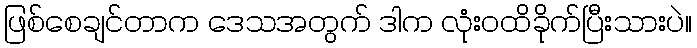
ဖြစ်စေချင်တာက ဒေသအတွက် ဒါက လုံးဝထိခိုက်ပြီးသားပဲ။